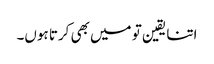
اتنا یقین تو میں بھی کرتا ہوں۔